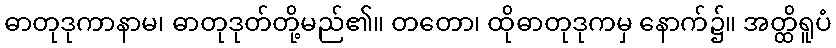
ဓာတုဒုကာနာမ၊ ဓာတုဒုတ်တို့မည်၏။ တတော၊ ထိုဓာတုဒုကမှ နောက်၌။ အတ္ထိရူပံ